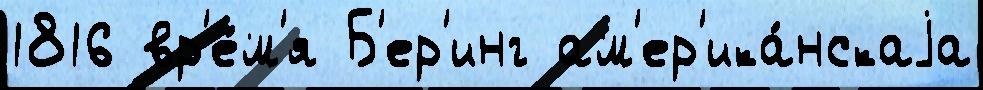
1816 вр'е́м'я Б'ер'инг ам'ер'ика́нскаjа